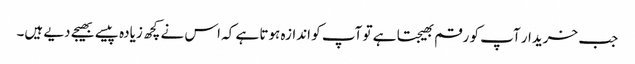
جب خریدار آپ کو رقم بھیجتا ہے تو آپ کو اندازہ ہوتا ہے کہ اس نے کچھ زیادہ پیسے بھیجے دیے ہیں۔